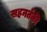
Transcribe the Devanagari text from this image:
सहनर्तकी